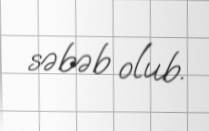
səbəb olub.